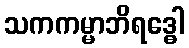
သကကမ္မာဘိရဒ္ဓေါ